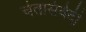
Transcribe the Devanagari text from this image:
चेतासंवेदी